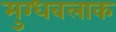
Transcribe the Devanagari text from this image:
मुग्धबलाक